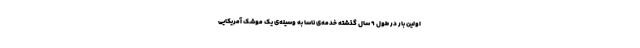
اولین بار در طول ۹ سال گذشته خدمه‌ی ناسا به وسیله‌ی یک موشک آمریکایی